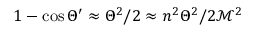
1 - \cos \Theta ^ { \prime } \approx \Theta ^ { 2 } / 2 \approx n ^ { 2 } \Theta ^ { 2 } / 2 \mathcal { M } ^ { 2 }